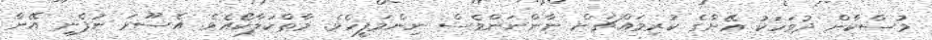
މުސްކާން ދުވަހަކު އޭނާގެ ކުރިމައްޗަށް ނާންނަންވެސް ނިންމަފީހެވެ. މާތްކަލާކޯއެވެ. އެސޫރަ ނުފެނި އޭނާ